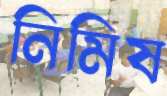
নিমিষ